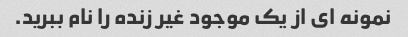
نمونه ای از یک موجود غیر زنده را نام ببرید.